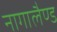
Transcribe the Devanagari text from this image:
नागालैण्‍ड